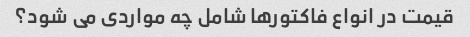
قیمت در انواع فاکتورها شامل چه مواردی می شود؟